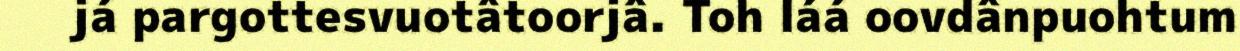
já pargottesvuotâtoorjâ. Toh láá oovdânpuohtum